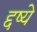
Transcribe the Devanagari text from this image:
द्दष्ये